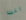
انت